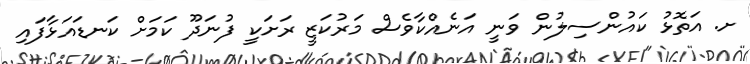
ށ. އަތޮޅު ކައުންސިލުން ވަނީ އަނެއްކާވެސް މަރުކަޒީ ރަށަކީ ފުނަދޫ ކަމަށް ކަނޑައަޅާފައި